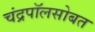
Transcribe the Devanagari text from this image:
चंद्रपॉलसोबत